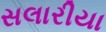
સલારીયા